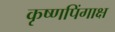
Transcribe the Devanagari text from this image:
कृष्णपिंगाक्ष